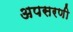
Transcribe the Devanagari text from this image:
अपसरणी